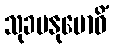
သုခမနုဗောဓိံ